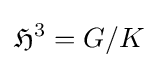
{\mathfrak {H}}^{3}=G/K